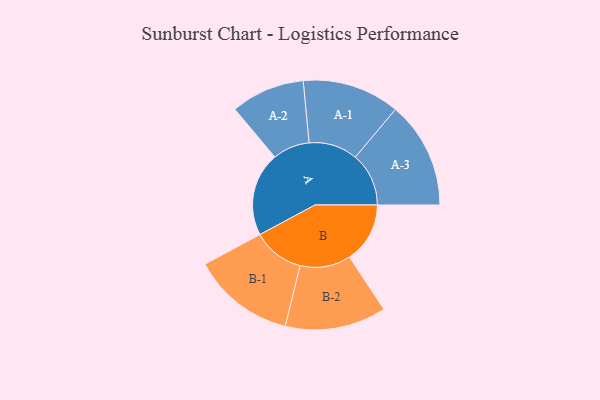
{"axis": {"x": "Segment", "y": "Value"}, "legend": ["", "A", "B"], "data": [{"x": "A", "y": 442, "type": ""}, {"x": "B", "y": 319, "type": ""}, {"x": "A-1", "y": 257, "type": "A"}, {"x": "A-2", "y": 195, "type": "A"}, {"x": "A-3", "y": 282, "type": "A"}, {"x": "B-1", "y": 271, "type": "B"}, {"x": "B-2", "y": 267, "type": "B"}]}